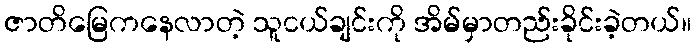
ဇာတိမြေကနေလာတဲ့ သူငယ်ချင်းကို အိမ်မှာတည်းခိုင်းခဲ့တယ်။